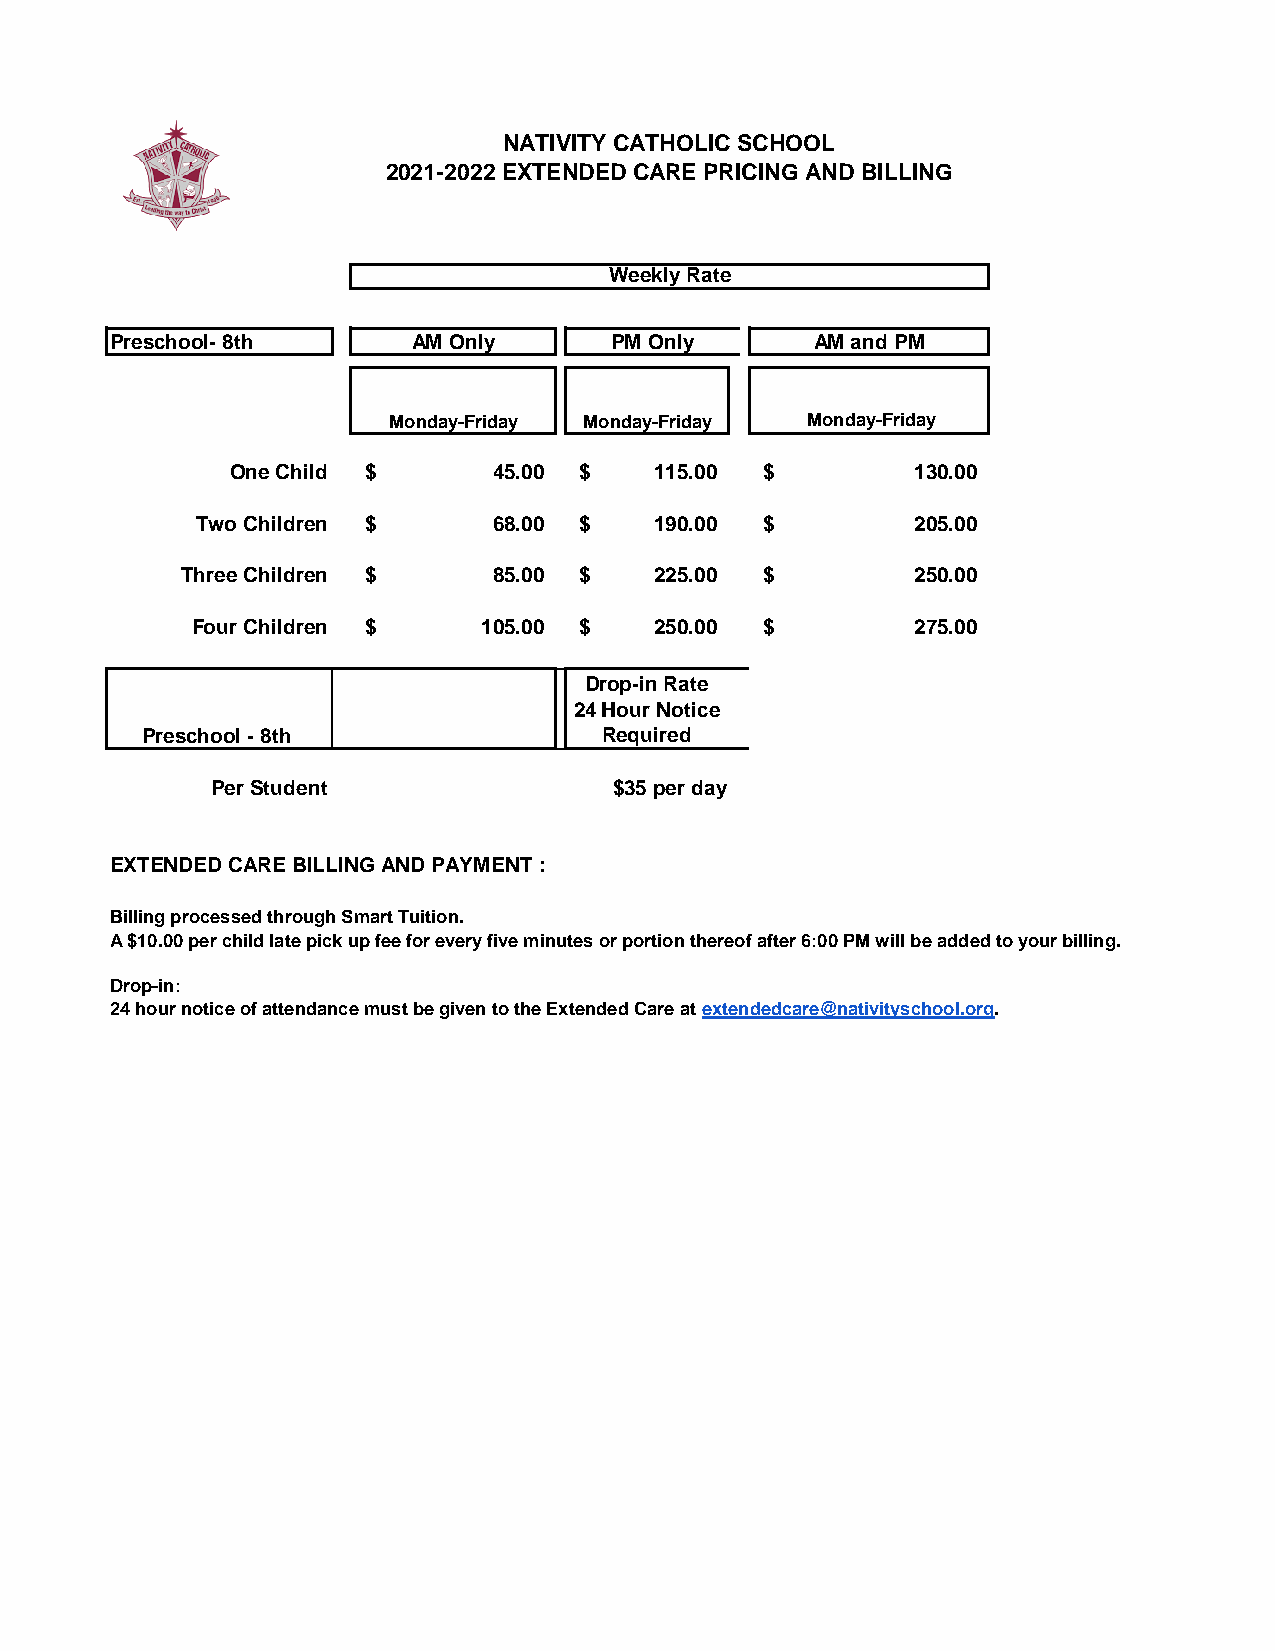
NATIVITY CATHOLIC SCHOOL
 2021-2022 EXTENDED CARE PRICING AND BILLING
 Weekly Rate
 Preschool- 8th      AM Only      PM Only       AM and PM
 Monday-Friday Monday-Friday Monday-Friday
 One Child $       45.00 $   115.00  $         130.00
 Two Children $      68.00 $   190.00  $         205.00
 Three Children $     85.00 $   225.00  $         250.00
 Four Children $    105.00 $   250.00  $         275.00
 Drop-in Rate
 24 Hour Notice
 Preschool - 8th                Required
 Per Student                $35 per day
 EXTENDED CARE BILLING AND PAYMENT :
 Billing processed through Smart Tuition.
 A $10.00 per child late pick up fee for every five minutes or portion thereof after 6:00 PM will be added to your billing.
 Drop-in:
 24 hour notice of attendance must be given to the Extended Care at extendedcare@nativityschool.org.